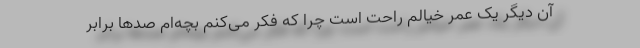
آن دیگر یک عمر خیالم راحت است چرا که فکر می‌کنم بچه‌ام صدها برابر